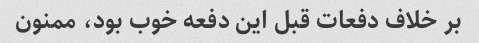
بر خلاف دفعات قبل این دفعه خوب بود، ممنون